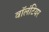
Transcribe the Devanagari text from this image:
वाॅलंटियर